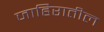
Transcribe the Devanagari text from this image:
जाहिरातील